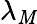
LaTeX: \lambda_{\mathit{M}}